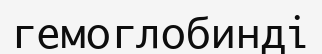
гемоглобинді